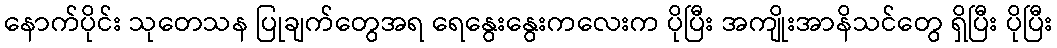
နောက်ပိုင်း သုတေသန ပြုချက်တွေအရ ရေနွေးနွေးကလေးက ပိုပြီး အကျိုးအာနိသင်တွေ ရှိပြီး ပိုပြီး